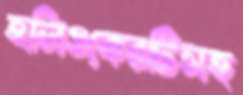
হলিওকেরটিসহ